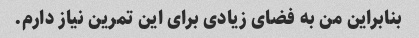
بنابراین من به فضای زیادی برای این تمرین نیاز دارم.